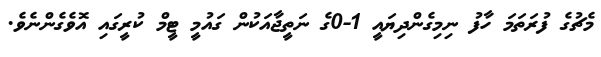
މެޗުގެ ފުރަތަމަ ހާފު ނިމިގެންދިޔައީ 1-0ގެ ނަތީޖާއަކުން ގައުމީ ޓީމް ކުރީގައި އޮވެގެންނެވެ.